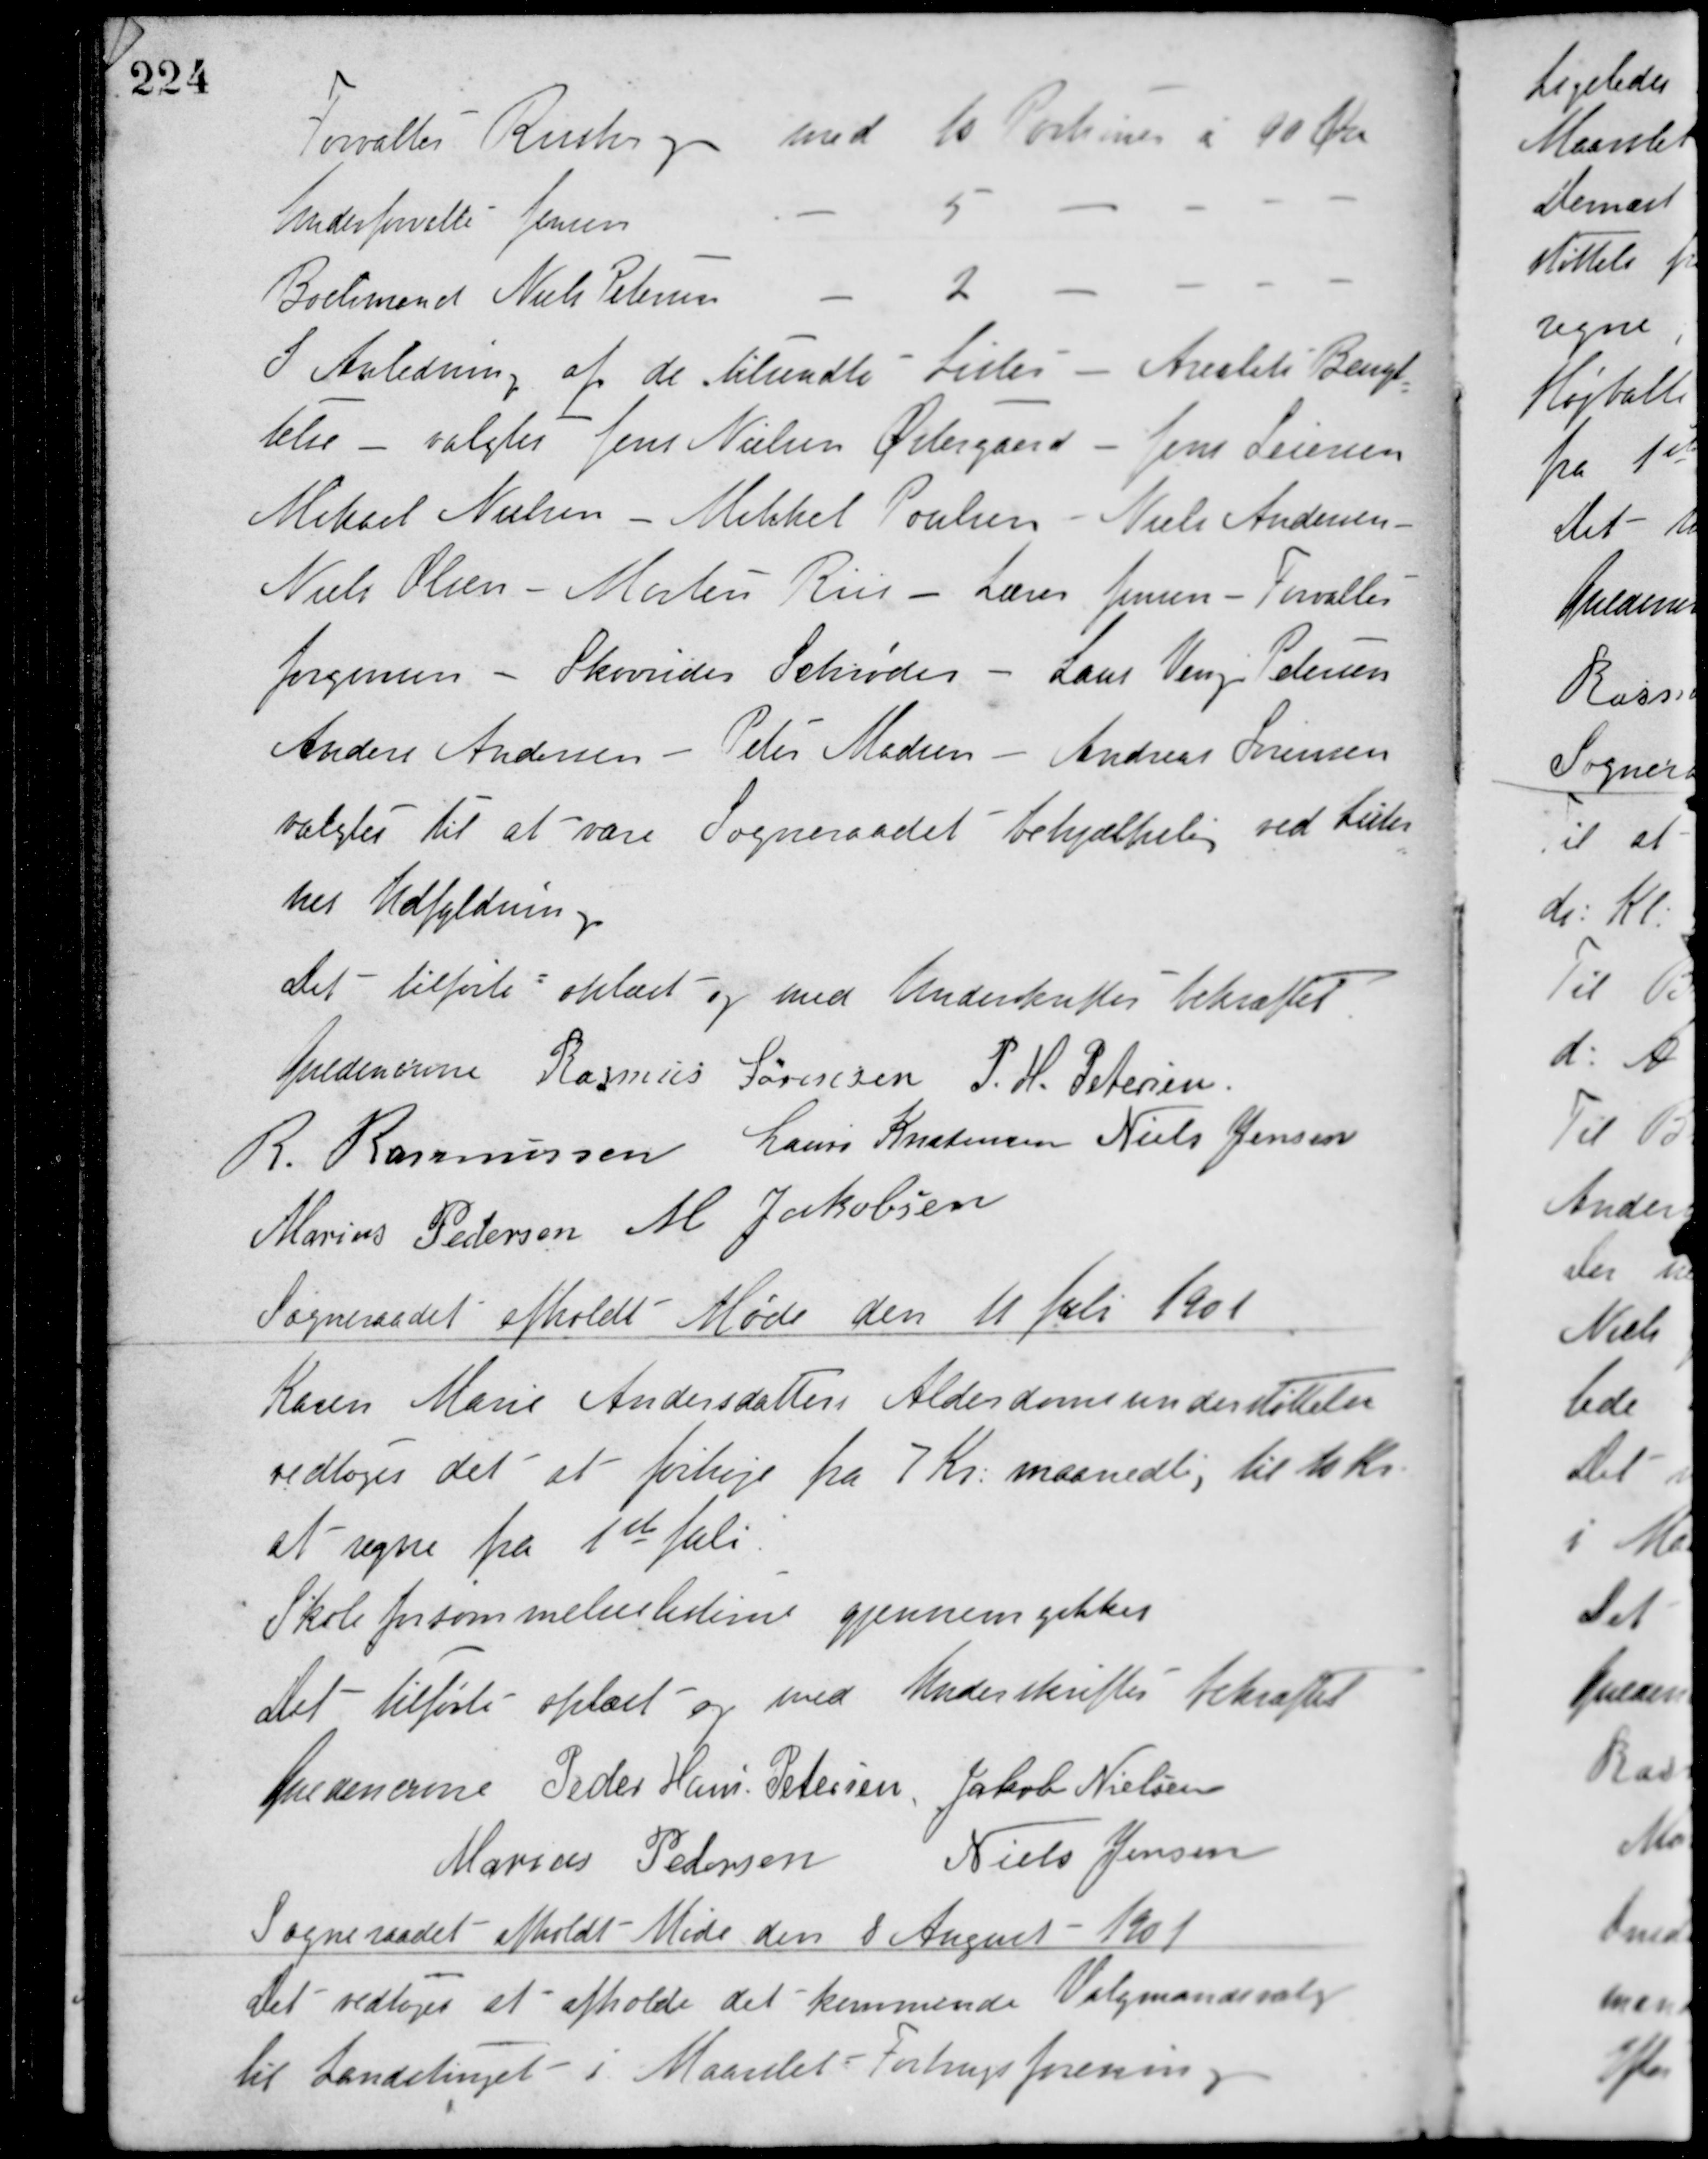
Transskription:
Forvalter Risthorp med 10 Portioner á 90 Øre
Underforvalter Jensen - 5 - - - -
Boelsmand Niels Petersen - 2 - - - -
I Anledning af de tilsendte Lister - Arealets Benyt-
telse - valgtes Jens Nielsen Østergaard - Jens Sørensen
Mikael Nielsen - Mikkel Poulsen - Niels Andersen -
Niels Olsen - Morten Riis - Lærer Jensen - Forvalter
Jørgensen - Skovrider Schrøder - Laur Veng Petersen
Anders Andersen - Peter Madsen - Andreas Sørensen
valgtes til at være Sogneraadet behjælpelig ved Lister-
nes Udfyldning.
Det tilførte oplæst og med Underskrifter bekræftet
Guldencrone Rasmus Sørensen P. H. Petersen
R. Rasmussen Laurs Kristensen Niels Jensen
Marius Pedersen M. Jakobsen
Sogneraadet afholdt Møde den 11 Juli 1901
Karen Marie Andersdatters Alderdomsunderstøttelse
vedtoges det at forhøje fra 7 Kr. maanedlig til 10 Kr.
at regne fra 1ste Juli.
Skole forsømmelseslister gjennemgikkes.
Det tilførte oplæst og med Underskrifter bekræftet
Guldencrone Peder Hans Petersen Jakob Nielsen
Marius Pedersen Niels Jensen
Sogneraadet afholdt Møde den 8 August - 1901
Det vedtoges at afholde det kommende Valgmandsvalg
til Landstinget i Maarslet - Forbrugsforening.